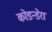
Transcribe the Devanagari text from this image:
कोडन्डेरा